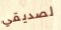
لصديقي